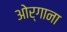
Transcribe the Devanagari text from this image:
ओर्गाना